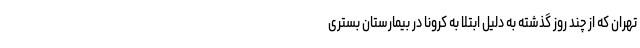
تهران که از چند روز گذشته به دلیل ابتلا به کرونا در بیمارستان بستری